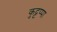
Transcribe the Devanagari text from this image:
कुट्टप्पा